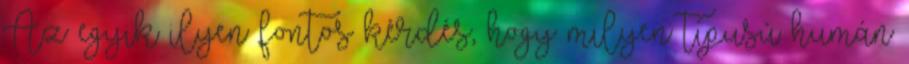
Az egyik ilyen fontos kérdés, hogy milyen típusú humán